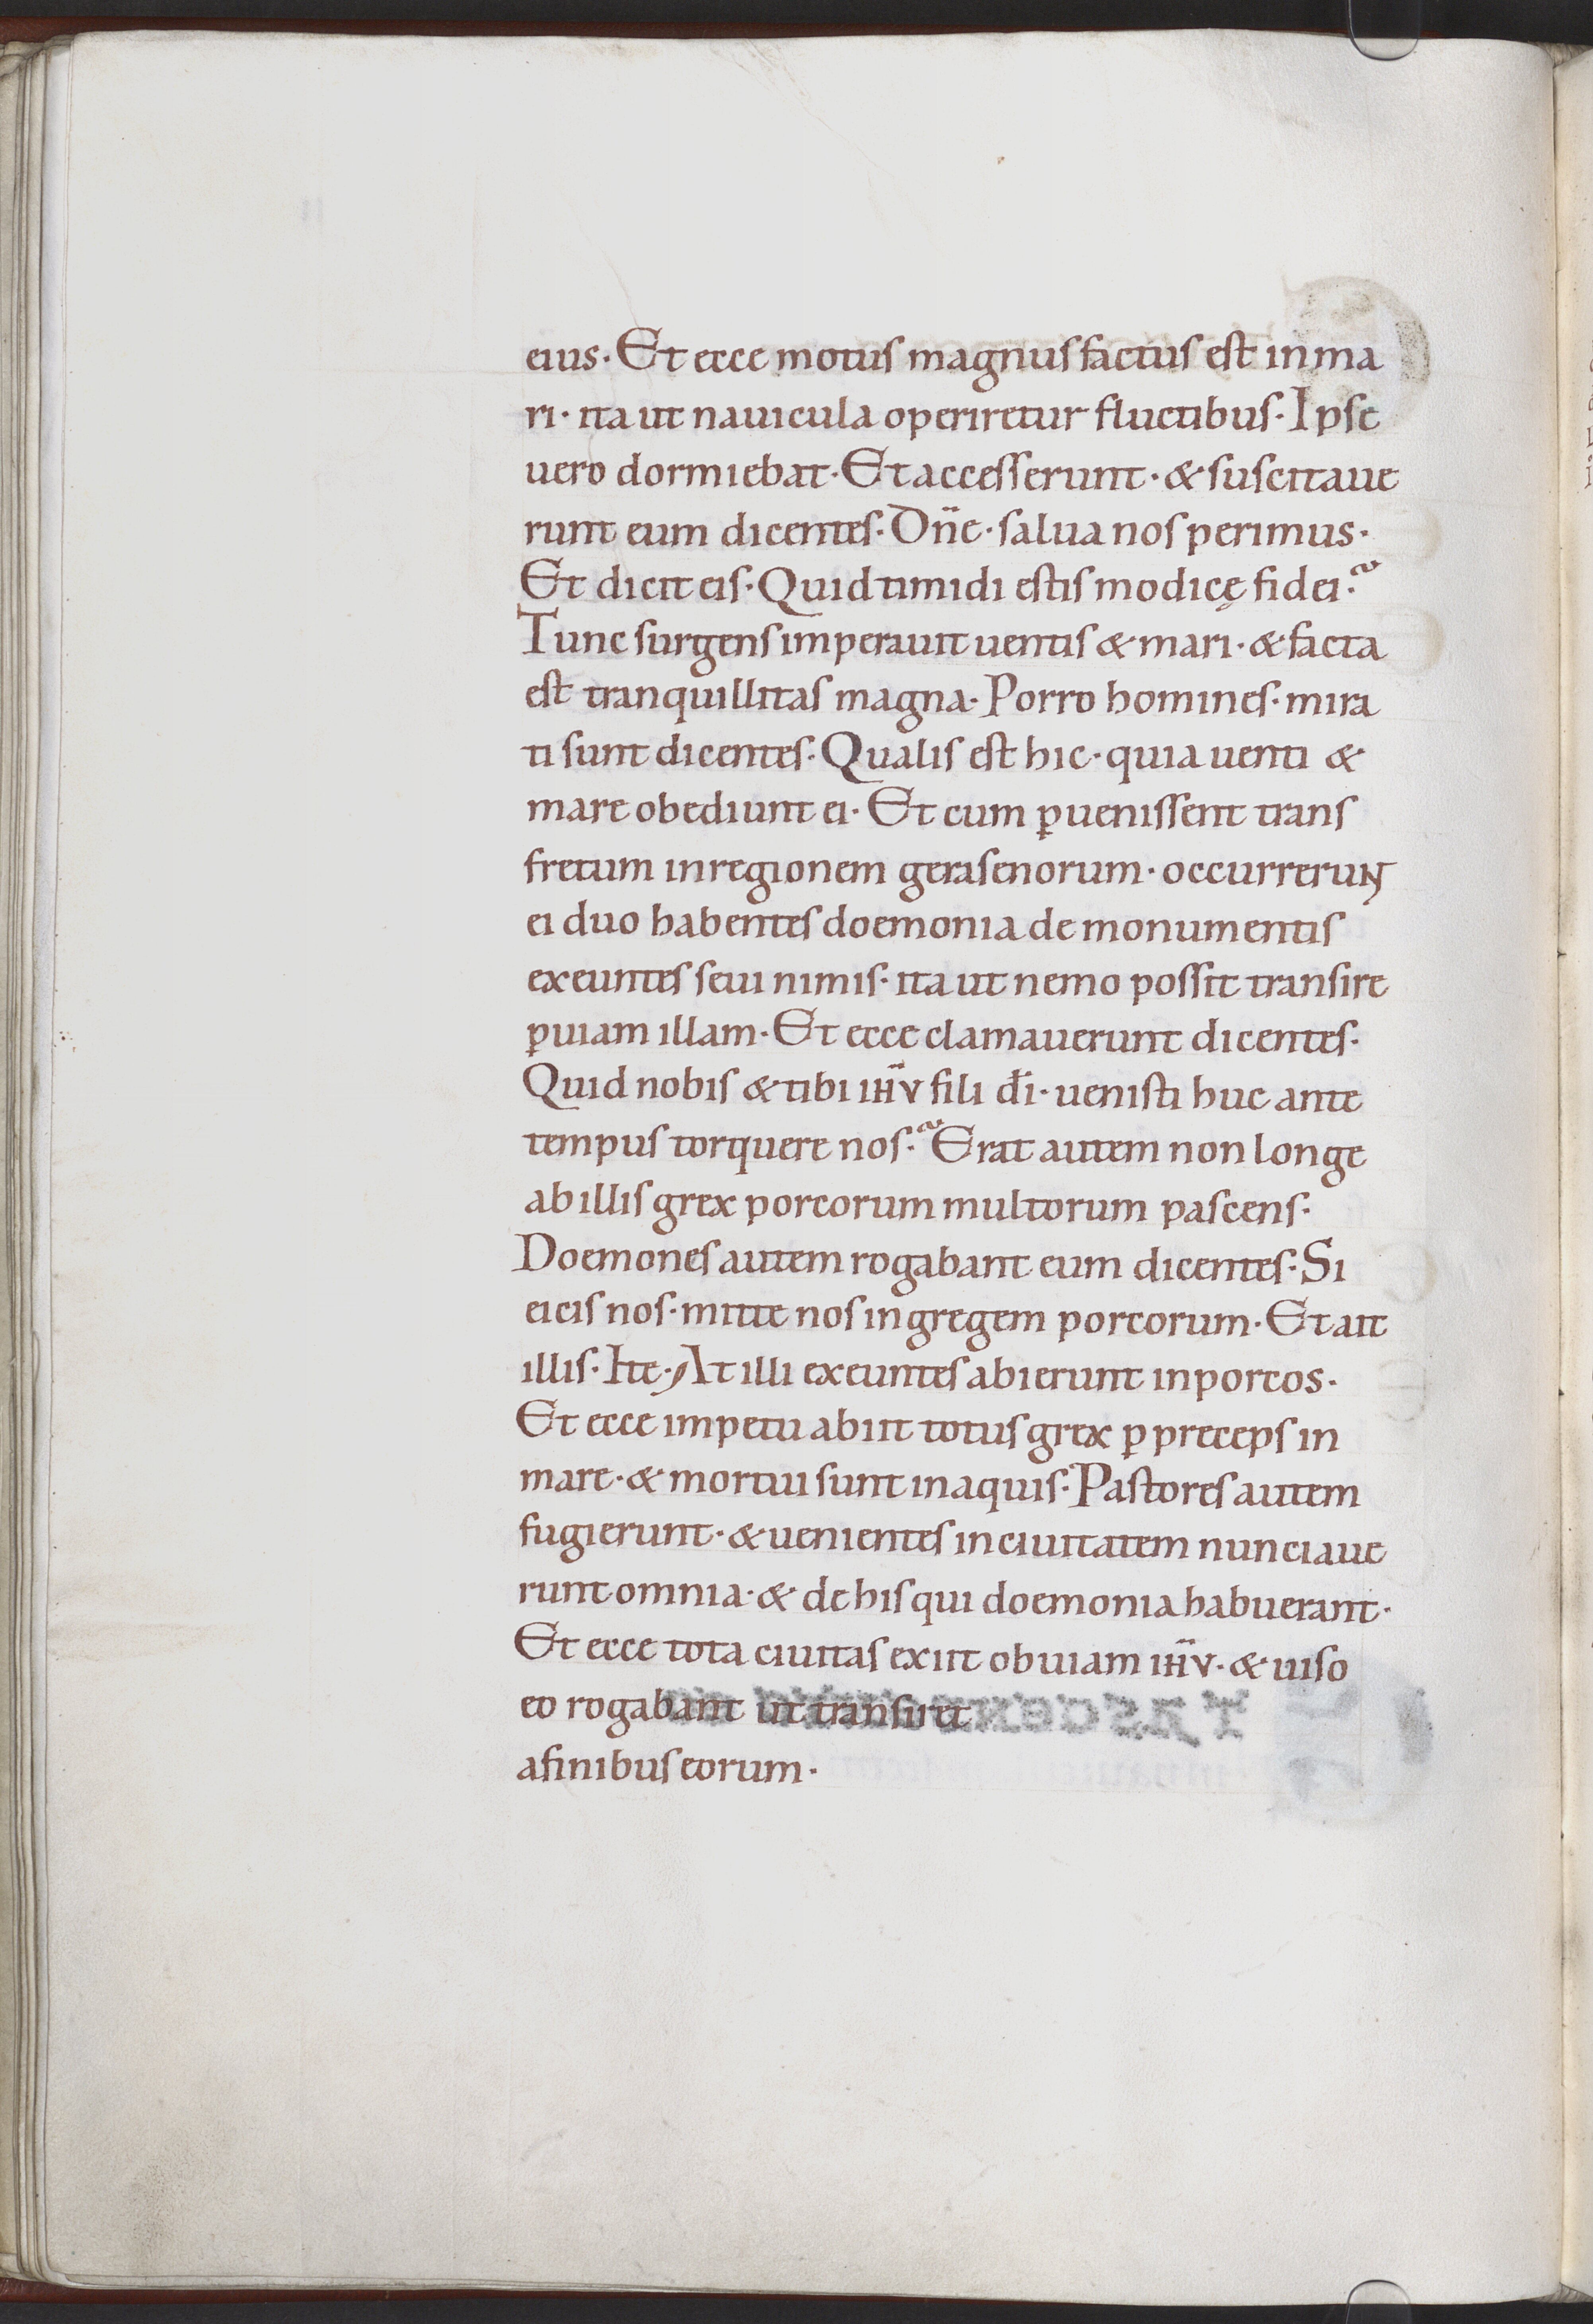
Shelfmark: Munich, Bayerische Staatsbibliothek, Clm 23343
Century: 12